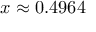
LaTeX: \textstyle x \approx 0 . 4 9 6 4